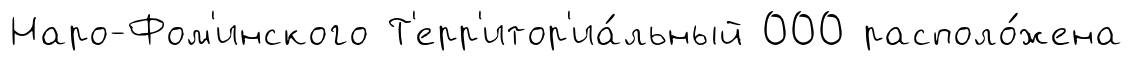
Наро-Фом'инского Т'ерр'итор'иа́льный 000 располо́жена